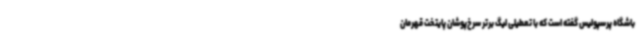
باشگاه پرسپولیس گفته است که با تعطیلی لیگ برتر سرخ‌پوشان پایتخت قهرمان